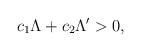
LaTeX: \begin{align*}c_{1}\Lambda+c_{2}\Lambda'>0,\end{align*}